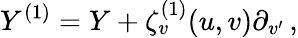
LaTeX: Y^{(1)}=Y+\zeta_{v}^{(1)}(u,v)\partial_{v^{\prime}}\, ,